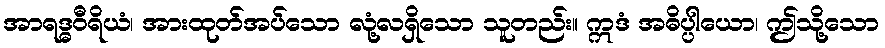
အာရဒ္ဓဝီရိယံ၊ အားထုတ်အပ်သော လုံ့လရှိသော သူတည်း။ ဣဒံ အဓိပ္ပါယော၊ ဤသို့သော